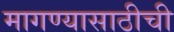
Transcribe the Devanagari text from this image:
मागण्यासाठीची